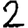
Digit: 2